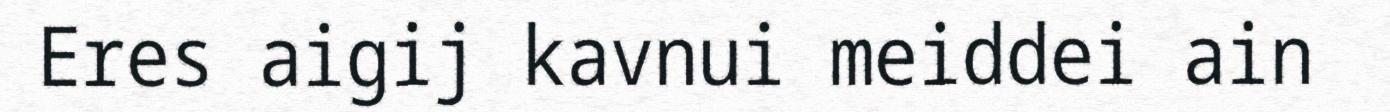
Eres aigij kavnui meiddei ain